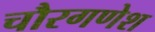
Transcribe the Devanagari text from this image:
चौरगणेश